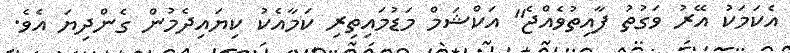
އެކަމަކު އޭރު ވަގުތު ފާއިތުވެއްޖެ" އަކްޝަމް މަޑުމައިތިރި ކަމާއެކު ކިޔައިދެމުން ގެންދިޔަ އެވެ.